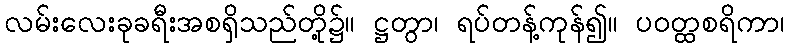
လမ်းလေးခုခရီးအစရှိသည်တို့၌။ ဋ္ဌတွာ၊ ရပ်တန့်ကုန်၍။ ပဝတ္ထစရိကာ၊